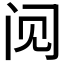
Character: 𲈶